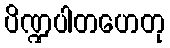
ပိဏ္ဍပါတဟေတု